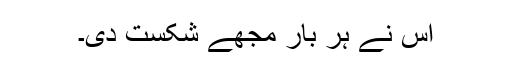
اس نے ہر بار مجھے شکست دی۔